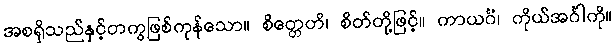
အစရှိသည်နှင့်တကွဖြစ်ကုန်သော။ စိတ္တေဟိ၊ စိတ်တို့ဖြင့်။ ကာယင်္ဂံ၊ ကိုယ်အင်္ဂါကို။